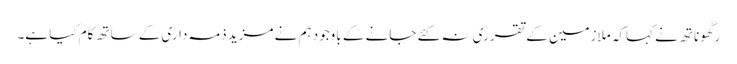
رگھوناتھ نے کہاکہ ملازمین کے تقرری نہ کئے جانے کے باوجود ہم نے مزید ذمہ داری کے ساتھ کام کیا ہے۔